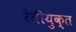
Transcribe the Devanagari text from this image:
रेतीयुक्त